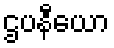
ဌပနီယော